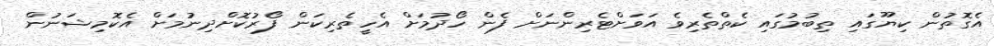
އެގޮތުން ކިޔޫގައި ތިބުމުގައި ކެތްތެރިވެ އަވަށްޓެރިންނަށް ފެން ހޯދުމަށް އެހީތެރިކަން ފޯރުކޮށްދިނުމަށް އެކޮމިޝަނުން